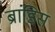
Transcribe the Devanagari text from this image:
ब्रांडिस